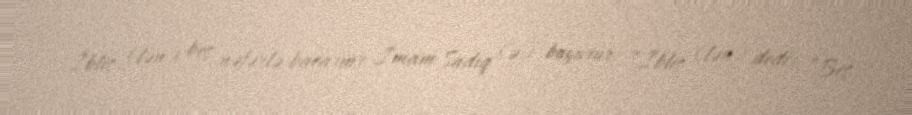
İblis (lən) beş nəfərlə bacarmr İmam Sadiq (ə) buyurur: “İblis (lən) dedi: ”Beş